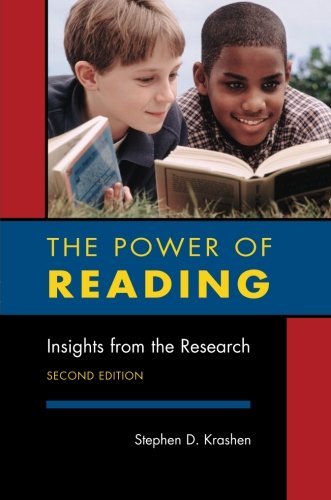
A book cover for The Power of Reading: Insights from the Research; Stephen D. Krashen; Politics & Social Sciences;